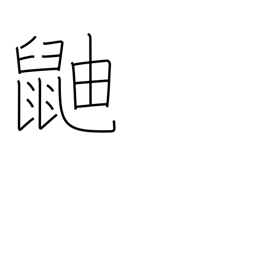
Meaning: skunk